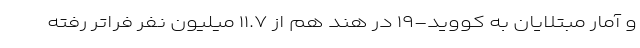
و آمار مبتلایان به کووید-۱۹ در هند هم از ۱۱.۷ میلیون نفر فراتر رفته